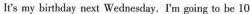
It's my birthday next Wednesday. I'm going to be 10